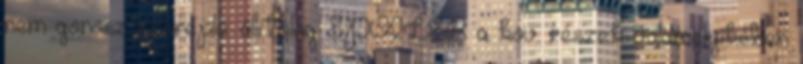
nem gonosz szereplő. állítólag SPOILER a köv. részek valamelyikében